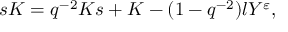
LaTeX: s K = q ^ { - 2 } K s + K - ( 1 - q ^ { - 2 } ) l Y ^ { \varepsilon } ,